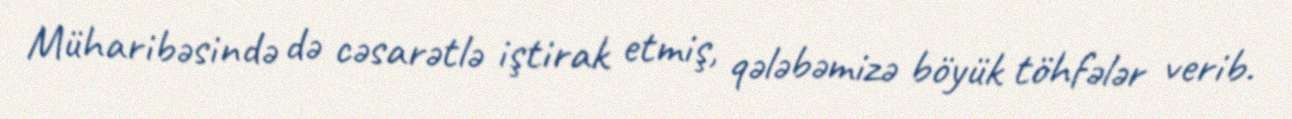
Müharibəsində də cəsarətlə iştirak etmiş, qələbəmizə böyük töhfələr verib.